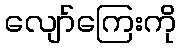
လျော်ကြေးကို